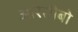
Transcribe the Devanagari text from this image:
आरेसीबो